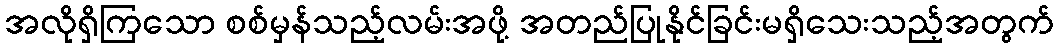
အလိုရှိကြသော စစ်မှန်သည့်လမ်းအဖို့ အတည်ပြုနိုင်ခြင်းမရှိသေးသည့်အတွက်